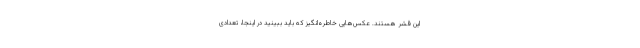
اين قشر هستند. عکس‌هایی خاطره‌انگیز که باید ببینید در اینجا، تعدادی